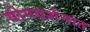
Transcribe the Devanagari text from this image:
योगदर्शनात